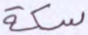
سكة